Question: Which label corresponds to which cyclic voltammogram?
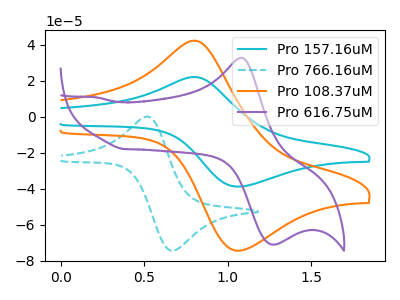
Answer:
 <answer>The cyan curve is labeled "Pro 157.16uM". The cyan dashed curve is labeled "Pro 766.16uM". The orange curve is labeled "Pro 108.37uM". The purple curve is labeled "Pro 616.75uM".</answer>
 <eval></eval>